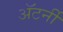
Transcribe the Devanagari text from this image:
अॅटर्नी